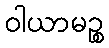
ဝါယာမဉ္စ